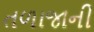
તળાજાની